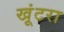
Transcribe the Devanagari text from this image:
खूंटरा